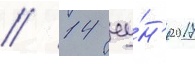
// 14 иу́н'я 2017